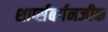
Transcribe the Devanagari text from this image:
शार्प्सबर्गनजीक